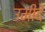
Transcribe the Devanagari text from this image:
उमीदें